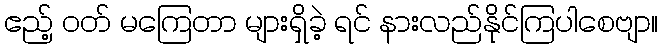
ဧည့် ဝတ် မကြေတာ များရှိခဲ့ ရင် နားလည်နိုင်ကြပါစေဗျာ။